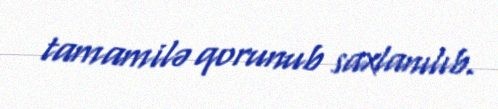
tamamilə qorunub saxlanılıb.